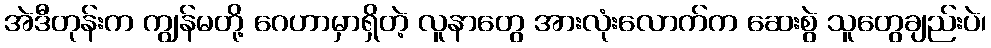
အဲဒီတုန်းက ကျွန်မတို့ ဂေဟာမှာရှိတဲ့ လူနာတွေ အားလုံးလောက်က ဆေးစွဲ သူတွေချည်းပဲ၊